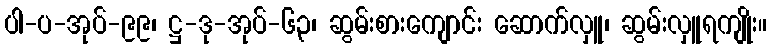
ပါ-ပ-အုပ်-၉၉၊ ဋ္ဌ-ဒု-အုပ်-၆၃၊ ဆွမ်းစားကျောင်း ဆောက်လှူ၊ ဆွမ်းလှူရကျိုး။